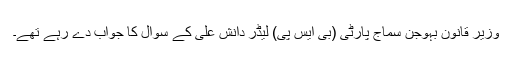
وزیر قانون بہوجن سماج پارٹی (بی ایس پی) لیڈر دانش علی کے سوال کا جواب دے رہے تھے۔